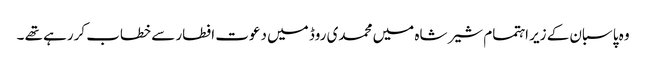
وہ پاسبان کے زیر اہتمام شیر شاہ میں محمدی روڈ میں دعوت افطار سے خطاب کررہے تھے ۔